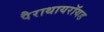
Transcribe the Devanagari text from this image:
पैराथायरॉयड